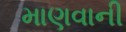
માણવાની